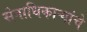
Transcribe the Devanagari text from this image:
सेनाधिकाऱ्यांचे